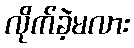
လိုက်ခဲ့မလား